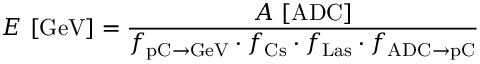
E \ [ \mathrm { G e V } ] = \frac { A \ [ \mathrm { A D C } ] } { f _ { \mathrm { p C } \to \mathrm { G e V } } \cdot f _ { \mathrm { C s } } \cdot f _ { \mathrm { L a s } } \cdot f _ { \mathrm { A D C } \to \mathrm { p C } } }